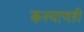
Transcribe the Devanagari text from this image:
कल्याणही